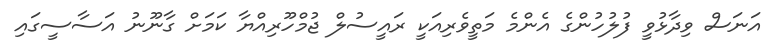
އަނަސް ވިދާޅުވީ ފުލުހުންގެ އެންމެ މަތީވެރިއަކީ ރައީސުލް ޖުމްހޫރިއްޔާ ކަމަށް ގާނޫނު އަސާސީގައި